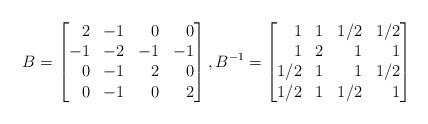
LaTeX: \begin{align*} B = \begin{bmatrix*}[r] 2 & -1 & 0 & 0 \\ -1 & -2 & -1 & -1 \\ 0 & -1 & 2 & 0 \\ 0 & -1 & 0 & 2 \\ \end{bmatrix*}, B^{-1} = \begin{bmatrix*}[r] 1 & 1 & 1/2 & 1/2 \\ 1 & 2 & 1 & 1 \\ 1/2 & 1 & 1 & 1/2 \\ 1/2 & 1 & 1/2 & 1 \\ \end{bmatrix*}\end{align*}